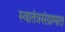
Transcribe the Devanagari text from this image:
स्वातंत्रसंग्रामात